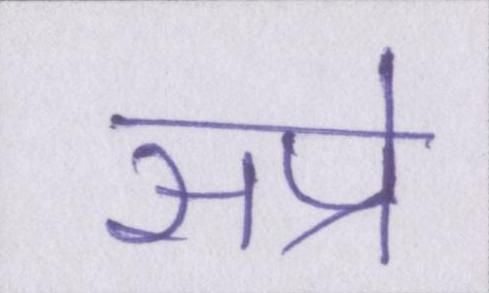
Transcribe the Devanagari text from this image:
सप्रे